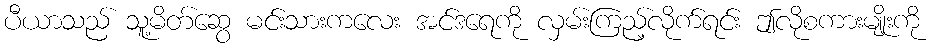
ပီယာသည် သူ့မိတ်ဆွေ မင်းသားကလေး အင်ဒရေကို လှမ်းကြည့်လိုက်ရင်း ဤလိုစကားမျိုးကို